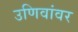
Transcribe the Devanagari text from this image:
उणिवांवर